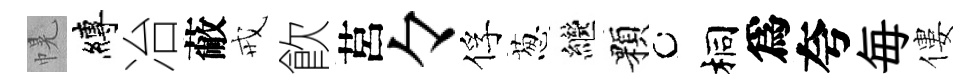
幌縛冶蔽戒飮莒々俘葱繼顆桐爲夸毎僂